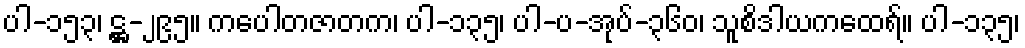
ပါ-၁၅၃၊ ဋ္ဌ-၂၉၅။ ကပေါတဇာတက၊ ပါ-၁၃၅၊ ပါ-ပ-အုပ်-၃၆၀၊ သူစိဒါယကထေရ်။ ပါ-၁၃၅၊